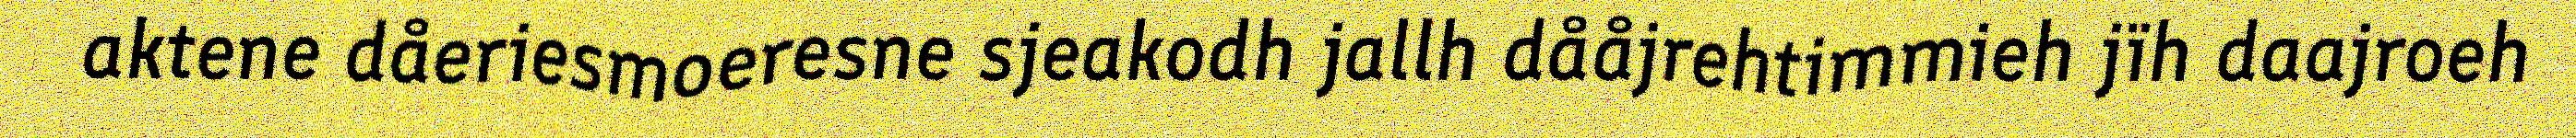
aktene dåeriesmoeresne sjeakodh jallh dååjrehtimmieh jïh daajroeh